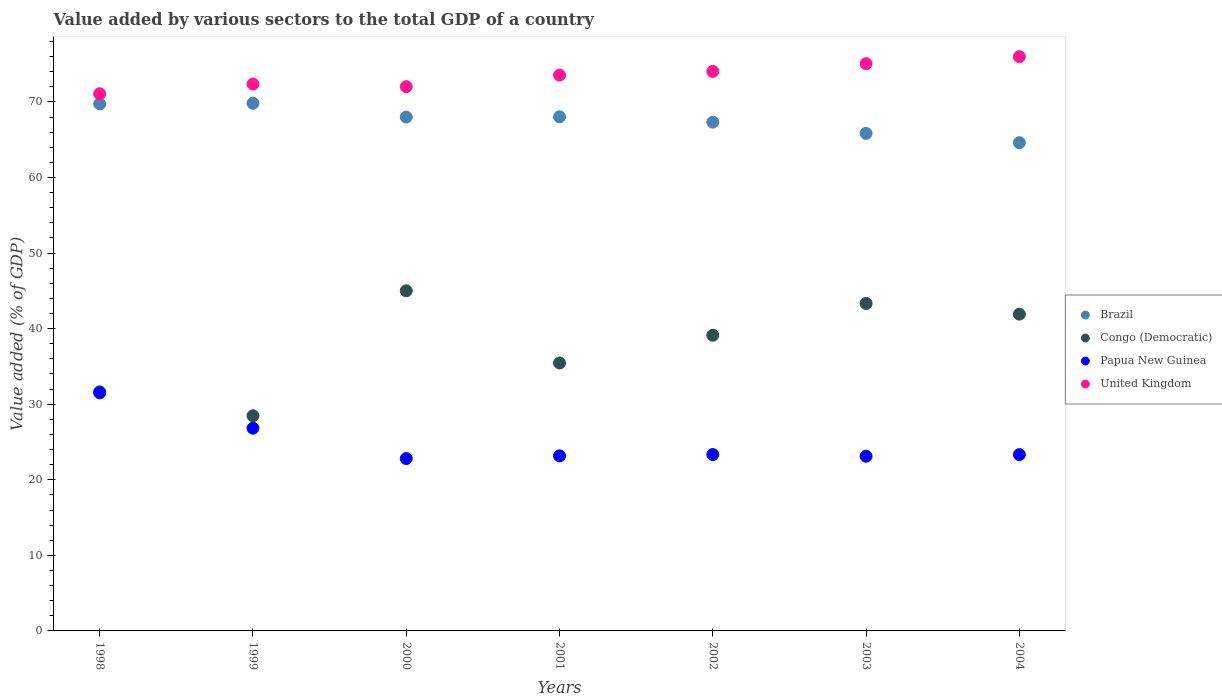
| Years | Brazil | Congo (Democratic) | Papua New Guinea | United Kingdom |
 | --- | --- | --- | --- | --- |
 | 1998 | 69.7 | 31.6 | 31.5 | 71.1 |
 | 1999 | 69.8 | 28.5 | 26.8 | 72.4 |
 | 2000 | 68 | 45 | 22.8 | 72 |
 | 2001 | 68 | 35.5 | 23.2 | 73.6 |
 | 2002 | 67.3 | 39.1 | 23.3 | 74 |
 | 2003 | 65.8 | 43.3 | 23.1 | 75.1 |
 | 2004 | 64.6 | 41.9 | 23.3 | 76 |